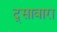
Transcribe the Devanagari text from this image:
द्सावारा